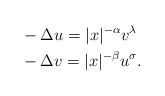
LaTeX: \begin{align*} &-\Delta u=|x|^{-\alpha} v^\lambda\\ &-\Delta v=|x|^{-\beta}u^\sigma.\end{align*}